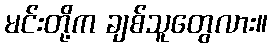
မင်းတို့က ချစ်သူတွေလား။